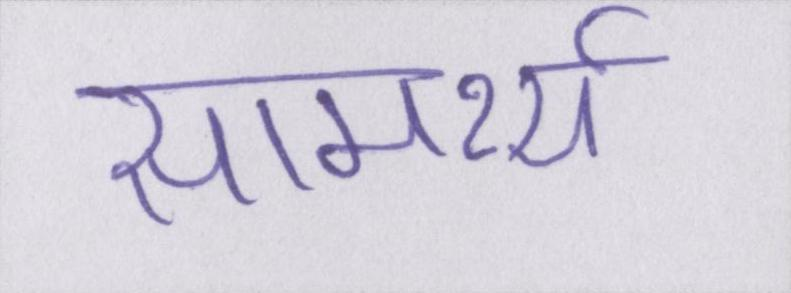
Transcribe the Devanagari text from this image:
सामर्थ्य